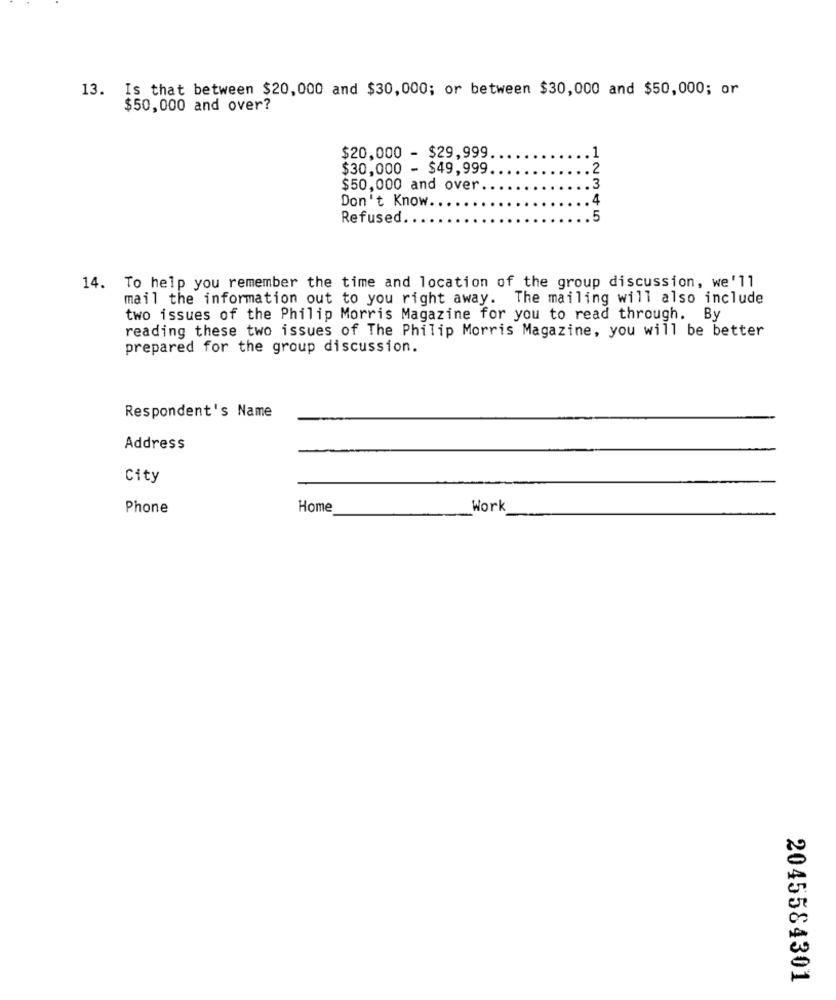
13. Is that between $20,000 and $30,000; or between $30,000 and $50,000; or
$50,000 and over?
$20,000 - $29,999
1
$30,000 - $49,999
.2
3
$50,000 and over
Don't Know.
4
Refused
5
14. To help you remember the time and location of the group discussion, we'll
mail the information out to you right away. The mailing will also include
two issues of the Philip Morris Magazine for you to read through. By
reading these two issues of The Philip Morris Magazine, you will be better
prepared for the group discussion.
Respondent's Name
Address
City
Phone
Home
Work
2045584301